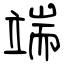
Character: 端